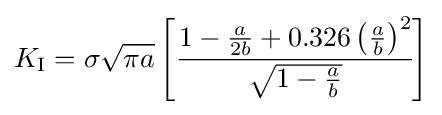
K_{\rm {I}}=\sigma {\sqrt {\pi a}}\left[{\cfrac {1-{\frac {a}{2b}}+0.326\left({\frac {a}{b}}\right)^{2}}{\sqrt {1-{\frac {a}{b}}}}}\right]